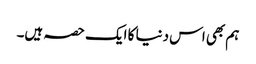
ہم بھی اس دنیا کا ایک حصہ ہیں۔